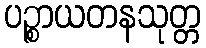
ပဉ္စာယတနသုတ္တ